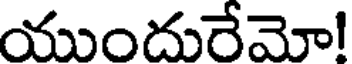
యుందురేమో!